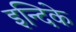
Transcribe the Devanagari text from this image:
इन्दिके